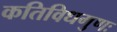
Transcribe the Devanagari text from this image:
कतिविधगुणः